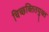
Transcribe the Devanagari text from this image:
चिच्छक्तितयुक्त